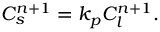
C _ { s } ^ { n + 1 } = k _ { p } C _ { l } ^ { n + 1 } .